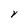
Character: V